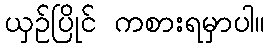
ယှဉ်ပြိုင် ကစားရမှာပါ။